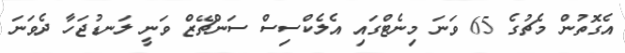
އެގޮތުން މެޗުގެ 65 ވަނަ މިނެޓްގައި އެލެކްސިސް ސަންޗޭޒް ވަނީ ލަނޑުޖަހާ ދެވަނަ